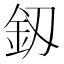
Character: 釼